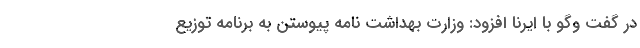
در گفت وگو با ایرنا افزود: وزارت بهداشت نامه پیوستن به برنامه توزیع